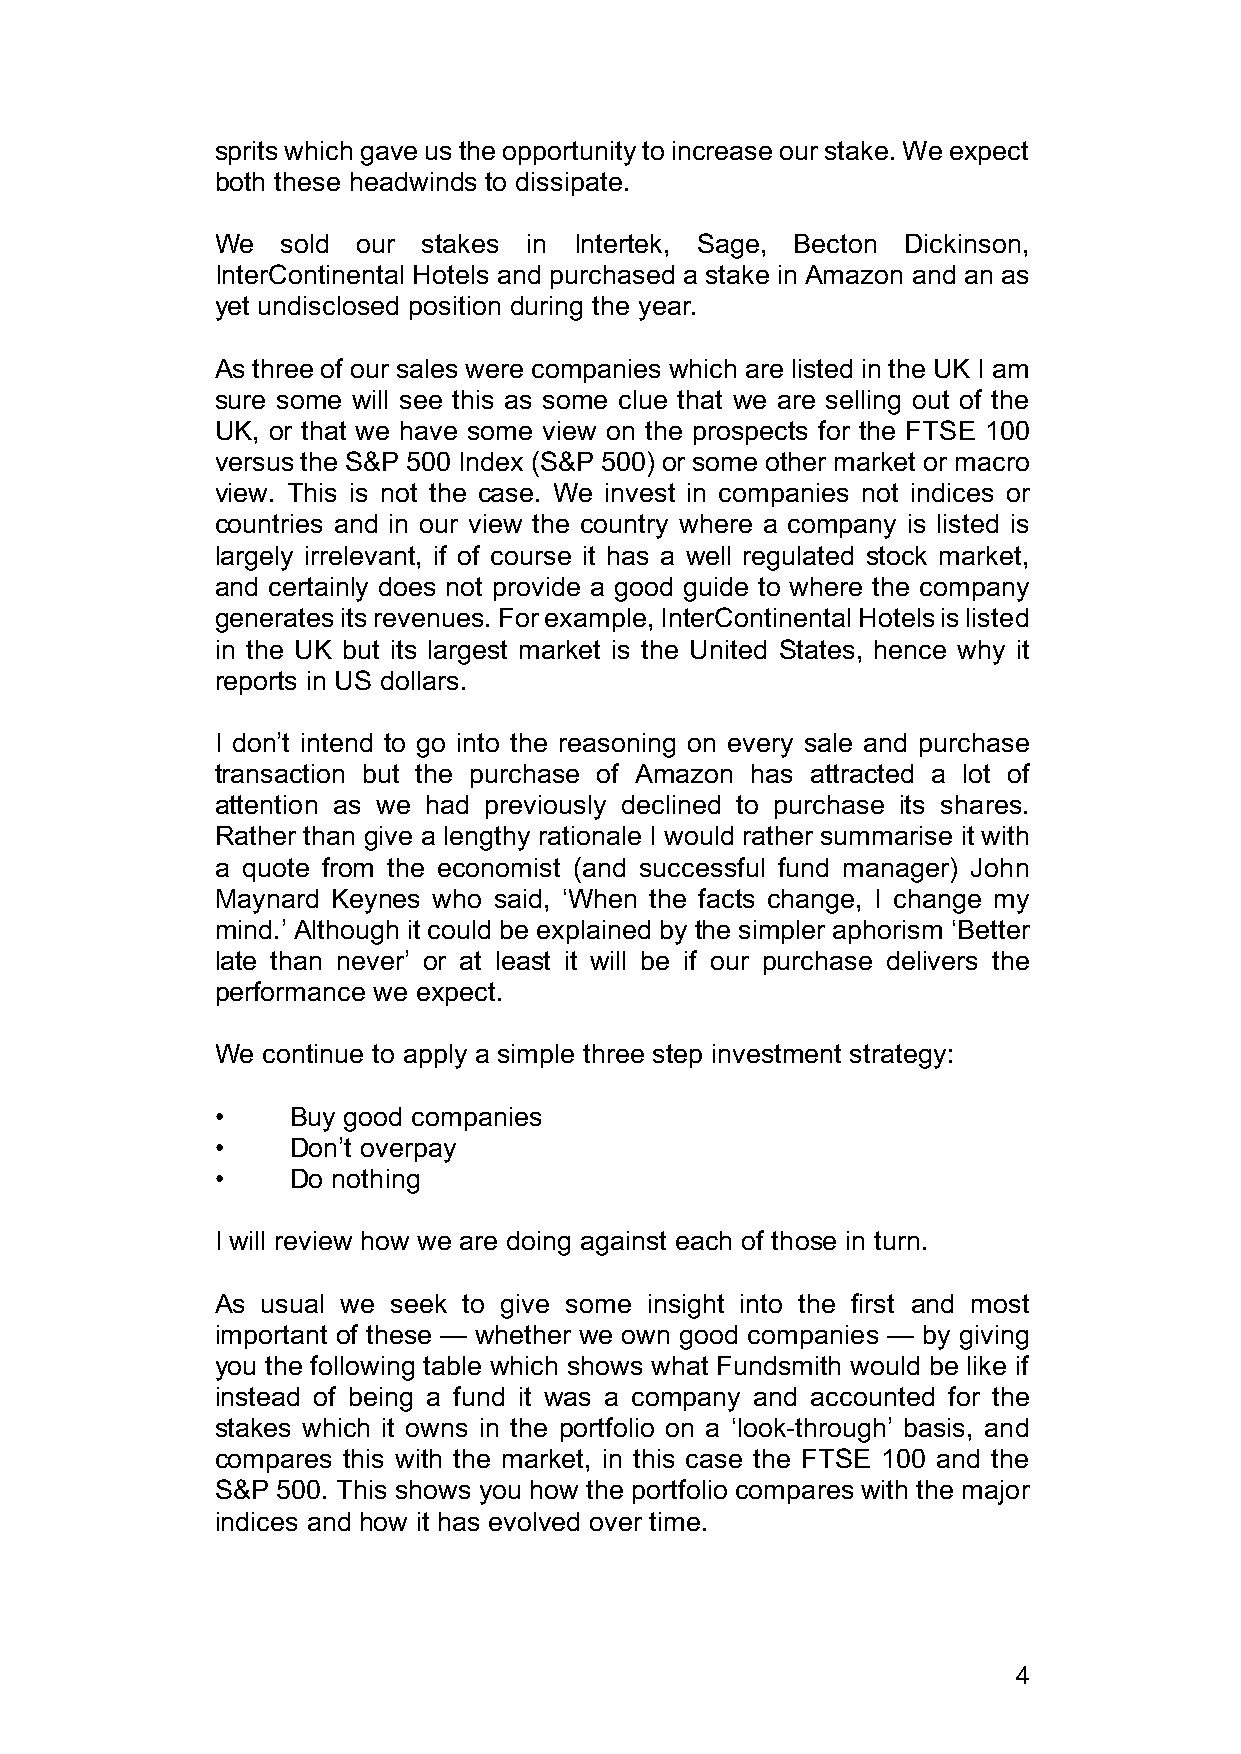
sprits which gave us the opportunity to increase our stake. We expect
 both these headwinds to dissipate.
 We   sold our stakes in Intertek, Sage, Becton Dickinson,
 InterContinental Hotels and purchased a stake in Amazon and an as
 yet undisclosed position during the year.
 As three of our sales were companies which are listed in the UK I am
 sure some will see this as some clue that we are selling out of the
 UK, or that we have some view on the prospects for the FTSE 100
 versus the S&P 500 Index (S&P 500) or some other market or macro
 view. This is not the case. We invest in companies not indices or
 countries and in our view the country where a company is listed is
 largely irrelevant, if of course it has a well regulated stock market,
 and certainly does not provide a good guide to where the company
 generates its revenues. For example, InterContinental Hotels is listed
 in the UK but its largest market is the United States, hence why it
 reports in US dollars.
 I don’t intend to go into the reasoning on every sale and purchase
 transaction but the purchase of Amazon has attracted a lot of
 attention as we had previously declined to purchase its shares.
 Rather than give a lengthy rationale I would rather summarise it with
 a quote from the economist (and successful fund manager) John
 Maynard Keynes who said, ‘When the facts change, I change my
 mind.’ Although it could be explained by the simpler aphorism ‘Better
 late than never’ or at least it will be if our purchase delivers the
 performance we expect.
 We continue to apply a simple three step investment strategy:
 •    Buy good companies
 •    Don’t overpay
 •    Do nothing
 I will review how we are doing against each of those in turn.
 As usual we seek to give some insight into the first and most
 important of these — whether we own good companies — by giving
 you the following table which shows what Fundsmith would be like if
 instead of being a fund it was a company and accounted for the
 stakes which it owns in the portfolio on a ‘look-through’ basis, and
 compares this with the market, in this case the FTSE 100 and the
 S&P 500. This shows you how the portfolio compares with the major
 indices and how it has evolved over time.
 4